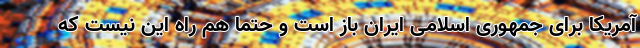
آمریکا برای جمهوری اسلامی ایران باز است و حتما هم راه این نیست که